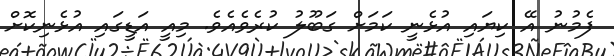
ފެމުނު އޭ ކިޔައި އުޅެނީ ކަމަށް ގަބޫލު ކުރެވެއެވެ. މިއީ އަޑީގައި އުޅެނިކޮށް